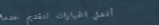
أفضل الخيارات لتقديم خدما